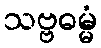
သဗ္ဗဓမ္မံ